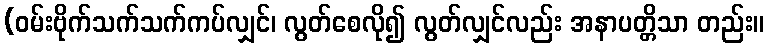
(ဝမ်းဗိုက်သက်သက်ကပ်လျှင်၊ လွတ်စေလို၍ လွတ်လျှင်လည်း အနာပတ္တိသာ တည်း။